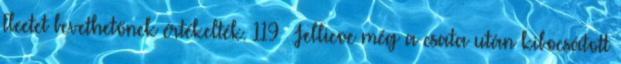
Fleetet bevethetőnek értékelték. 119 Jellicoe még a csata után kibocsátott